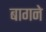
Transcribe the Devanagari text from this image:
बागने